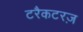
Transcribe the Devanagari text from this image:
टरैकटरज़